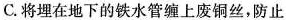
C.将埋在地下的铁水管缠上废铜丝，防止